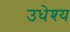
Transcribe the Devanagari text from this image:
उधेश्य